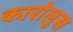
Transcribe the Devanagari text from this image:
कारोलुस